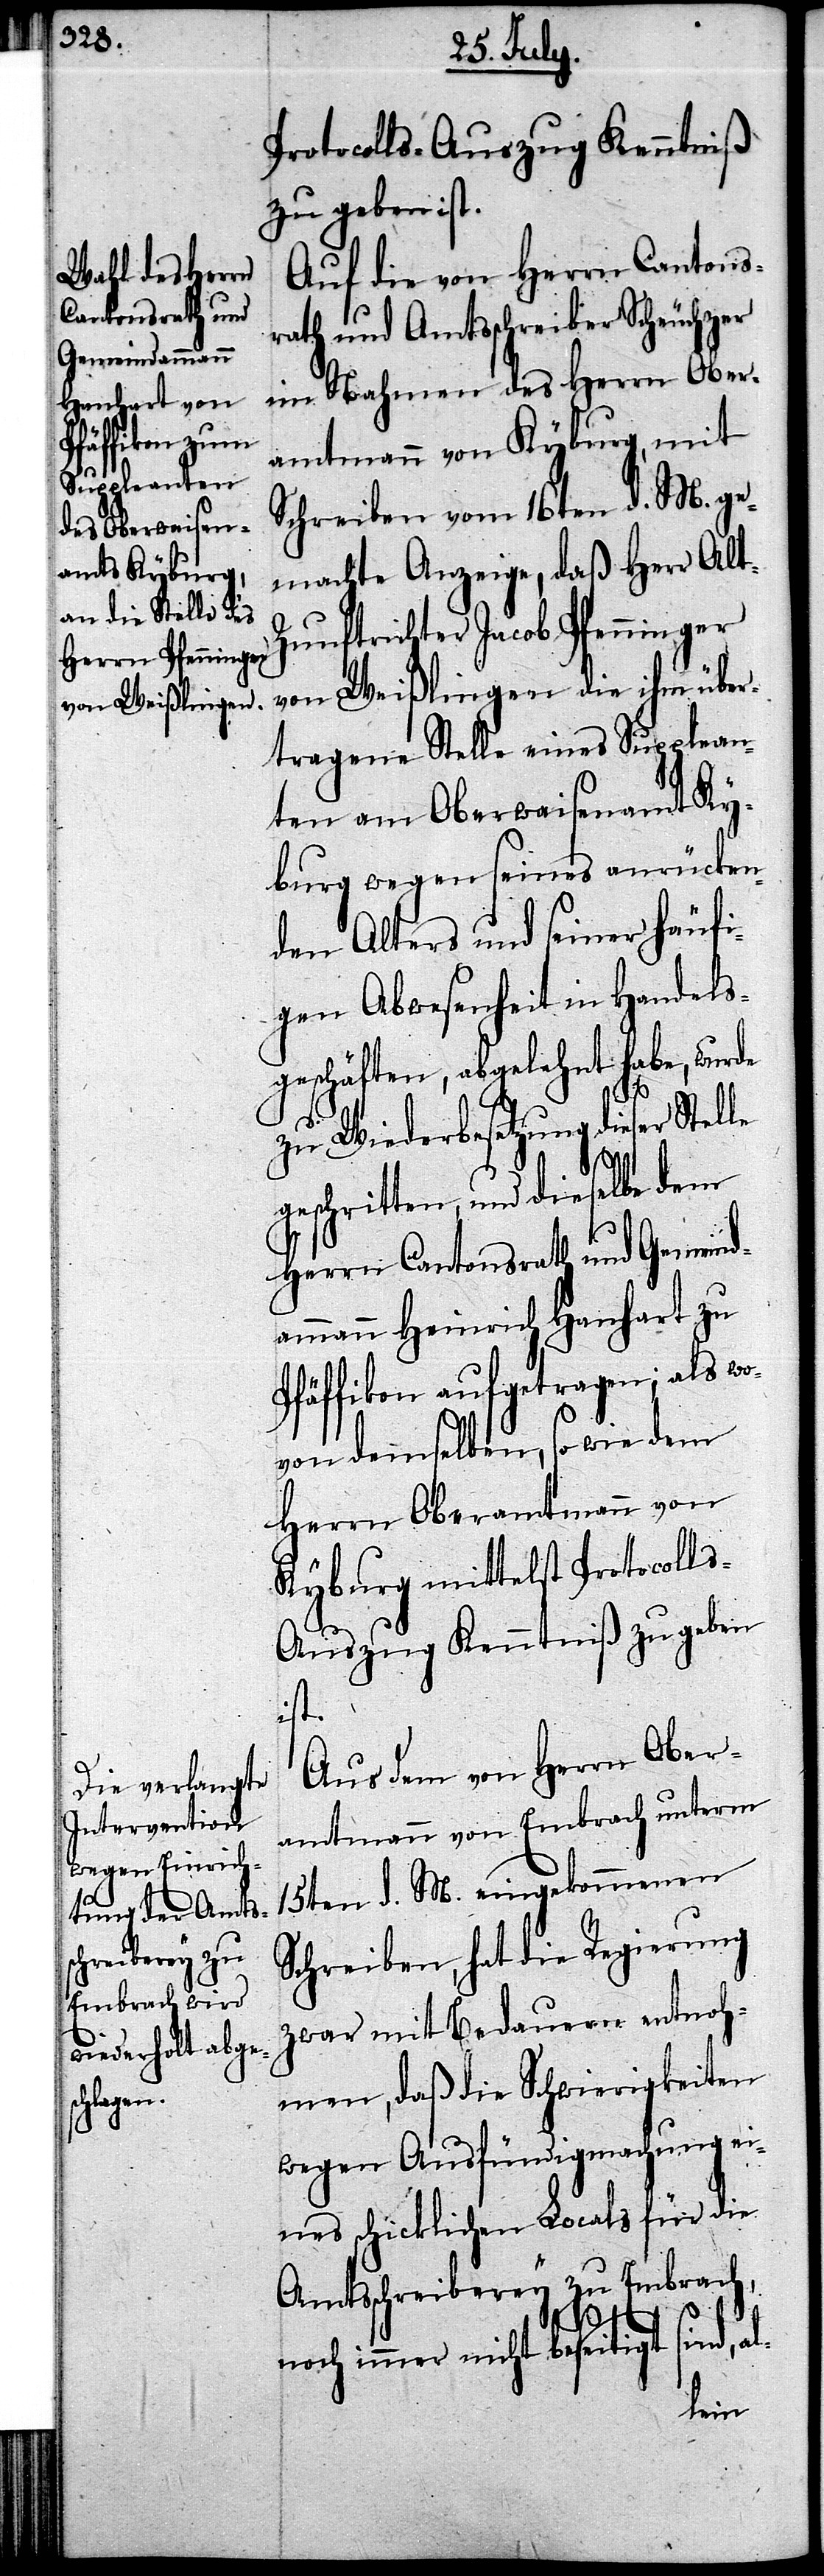
Protocolls-Auszug Kenntniß
zu geben ist.
Auf die von Herrn Cantons¬
rath und Amtsschreiber Scheuchzer
im Nahmen des Herrn Ober¬
amtmann von Kyburg, mit
Schreiben vom 16ten d. M. ge¬
machte Anzeige, daß Herr Al¬
t-Zunftrichter Jacob Pfenninger
von Weißlingen die ihm über¬
tragene Stelle eines Supplean¬
ten am Oberwaisenamt Ky¬
burg wegen seines anrücken¬
den Alters und seiner häufi¬
gen Abwesenheit in Handels¬
geschäften, abgelehnt habe, wurde
le
zu Wiederbesetzung dieser Stel¬
geschritten, und dieselbe dem
Herrn Cantonsrath und Gemeind¬
ammann Heinrich Hanhart zu
Pfäffikon aufgetragen; als wo¬
von demselben, so wie dem
Herrn Oberamtmann von
Kyburg mittelst
Aus dem von Herrn Ober¬
amtmann von Embrach unterm
15ten d. M. eingekommenen
Schreiben, hat die Regierung
zwar mit Bedauern entnoh¬
men, daß die Schwierigkeiten
wegen Ausfündigmachung ei¬
nes schicklichen Locals für die
Amtsschreiberey zu Embrach,
noch immer nicht beseitigt sind, al-